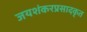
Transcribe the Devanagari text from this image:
जयशंकरप्रसादकृत